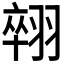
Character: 𦑋